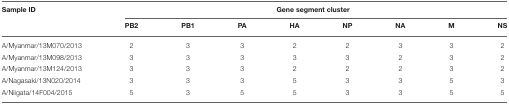
| Sample ID | <COLSPAN=8> Gene segment cluster |
 |  | PB2 | PB1 | PA | HA | NP | NA | M | NS |
 | --- | --- | --- | --- | --- | --- | --- | --- | --- |
 | A/Myanmar/13M070/2013 | 2 | 3 | 3 | 2 | 2 | 3 | 3 | 2 |
 | A/Myanmar/13M098/2013 | 3 | 3 | 3 | 3 | 3 | 2 | 3 | 2 |
 | A/Myanmar/13M124/2013 | 3 | 3 | 3 | 2 | 2 | 2 | 3 | 2 |
 | A/Nagasaki/13N020/2014 | 3 | 3 | 3 | 5 | 3 | 3 | 5 | 3 |
 | A/Niigata/14F004/2015 | 5 | 3 | 5 | 5 | 3 | 3 | 5 | 5 |